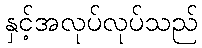
နှင့်အလုပ်လုပ်သည်